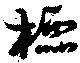
櫺